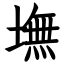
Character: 墲